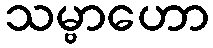
သမ္ဗာဟော